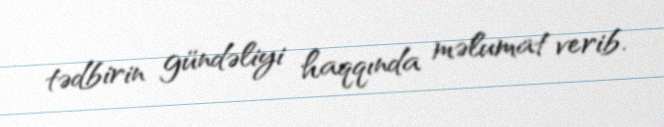
tədbirin gündəliyi haqqında məlumat verib.